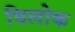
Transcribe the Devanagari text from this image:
विलोक